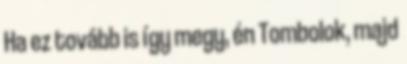
Ha ez tovább is így megy, én Tombolok, majd